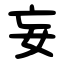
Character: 妄